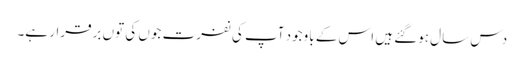
دس سال ہوگئے ہیں اس کے باوجود آپ کی نفرت جوں کی توں برقرار ہے۔